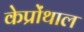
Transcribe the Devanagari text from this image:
केप्रोंथाल